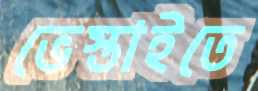
ভেস্তাইতে